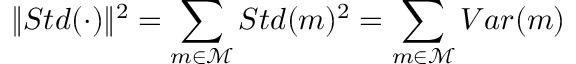
\| S t d ( \cdot ) \| ^ { 2 } = \sum _ { m \in \mathcal { M } } S t d ( m ) ^ { 2 } = \sum _ { m \in \mathcal { M } } V a r ( m )